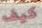
كيف